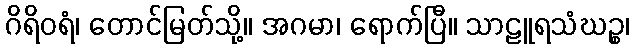
ဂိရိဝရံ၊ တောင်မြတ်သို့။ အဂမာ၊ ရောက်ပြီ။ သာဠူရသံဃဉ္စ၊